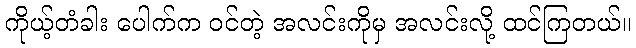
ကိုယ့်တံခါး ပေါက်က ဝင်တဲ့ အလင်းကိုမှ အလင်းလို့ ထင်ကြတယ်။